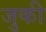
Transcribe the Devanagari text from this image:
जुकी